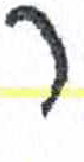
אות: ר